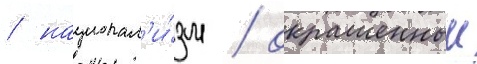
/ национал'и́зм / окрашенныи